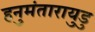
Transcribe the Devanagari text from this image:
हनुमंतारायुडु